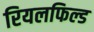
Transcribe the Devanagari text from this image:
रियलफिल्ड